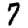
Digit: 7